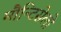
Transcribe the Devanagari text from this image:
मौन्टिसेलो